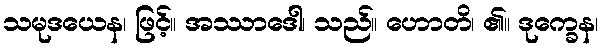
သမုဒယေန၊ ဖြင့်။ အဿာဒေါ၊ သည်။ ဟောတိ၊ ၏။ ဒုက္ခေန၊